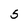
Character: 5